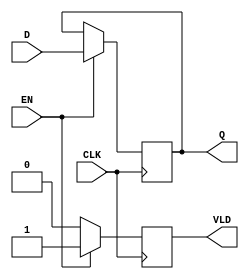
module pipeline_buffer (
    input wire [N-1:0] D,      // Data Input
    input wire CLK,            // Clock
    input wire EN,             // Enable
    output reg [N-1:0] Q,      // Data Output
    output reg VLD             // Valid Signal
);
    parameter N = 8;           // Width of the data bus, can be adjusted as needed

    always @(posedge CLK) begin
        if (EN) begin
            Q <= D;            // Latch input data into the buffer
            VLD <= 1'b1;      // Assert valid signal when new data is latched
        end else begin
            VLD <= 1'b0;      // Deassert valid signal when not enabled
        end
    end

endmodule